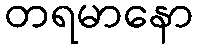
တရမာနော